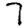
Digit: 7